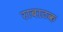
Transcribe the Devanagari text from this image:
राबाटक